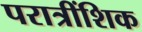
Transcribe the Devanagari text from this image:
परात्रींशिक